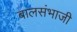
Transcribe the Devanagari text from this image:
बालसंभाजी